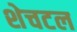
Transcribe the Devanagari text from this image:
शेचटल